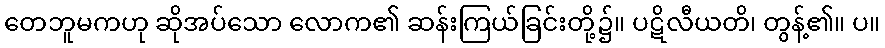
တေဘူမကဟု ဆိုအပ်သော လောက၏ ဆန်းကြယ်ခြင်းတို့၌။ ပဋိလီယတိ၊ တွန့်၏။ ပ။